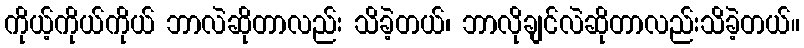
ကိုယ့်ကိုယ်ကိုယ် ဘာလဲဆိုတာလည်း သိခဲ့တယ်၊ ဘာလိုချင်လဲဆိုတာလည်းသိခဲ့တယ်။